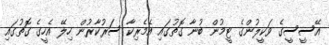
އޭސީސީގެ ވަކީލުންގެ ޓީމުން ބުނާ ގޮތުގައި އެމެރިކާ ސަރުކާރުން ހިލޭ އެހީގެ ގޮތުގައި